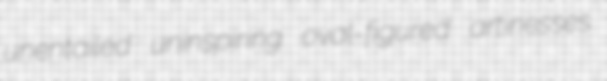
unentailed uninspiring oval-figured artinesses